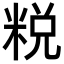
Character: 𥹲